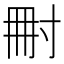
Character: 𡬬